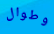
وطوال